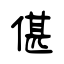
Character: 偡